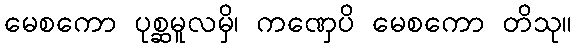
မေစကော ပုစ္ဆမူလမှိ၊ ကဏှေပိ မေစကော တိသု။